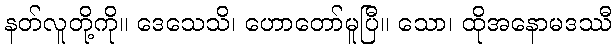
နတ်လူတို့ကို။ ဒေသေသိ၊ ဟောတော်မူပြီ။ သော၊ ထိုအနောမဒဿီ